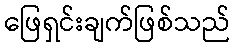
ဖြေရှင်းချက်ဖြစ်သည်